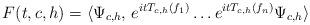
LaTeX: \begin{align*}F(t,c,h) = \langle\Psi_{c,h}, \, e^{itT_{c,h}(f_1)} \ldots e^{itT_{c,h}(f_n)}\Psi_{c,h}\rangle\end{align*}